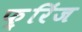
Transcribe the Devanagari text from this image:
फ़्रिंज